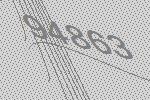
94863